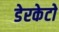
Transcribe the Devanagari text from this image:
डेरकेटो